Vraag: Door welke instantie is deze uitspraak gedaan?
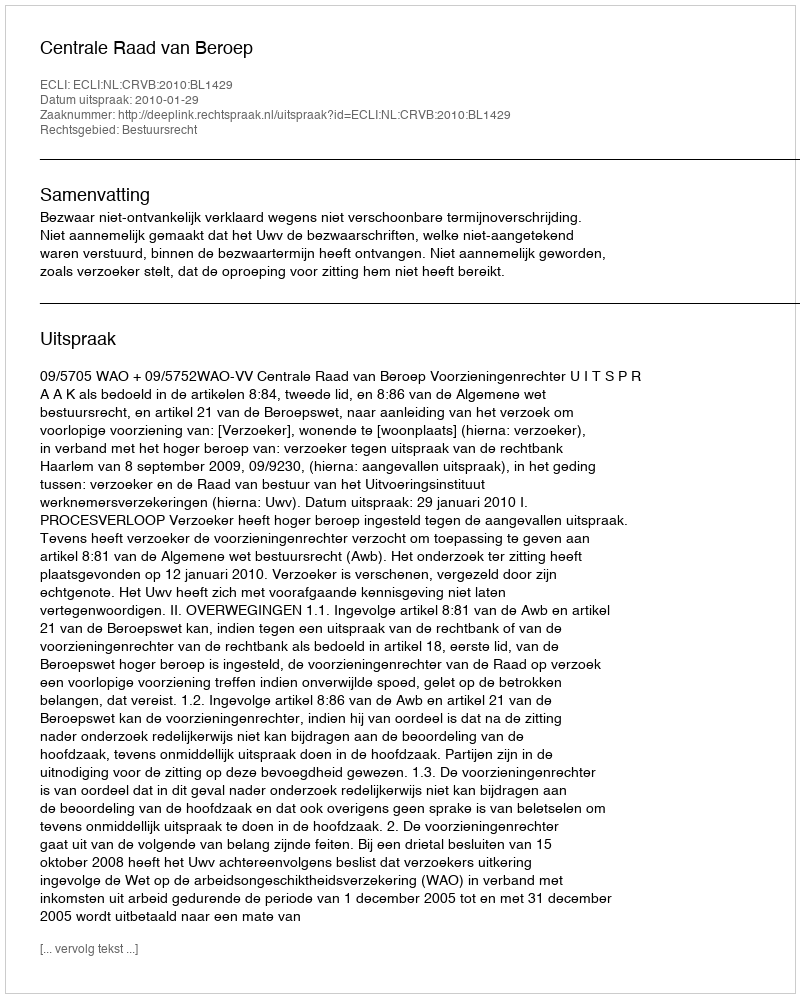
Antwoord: Centrale Raad van Beroep